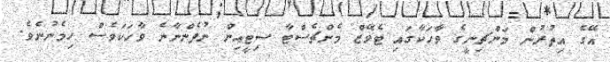
އޭގެ އިތުރުން މަންޗިނީގެ ވާހަކާގައި ޓެވޭޒް މެންޗެސްޓާ ސިޓީއިން ނުފެންނާނެ ވާހަކަވެސް ހިމެނުނެވެ.